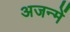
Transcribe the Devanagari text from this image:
अजन्में